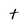
Character: t